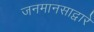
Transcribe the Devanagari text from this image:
जनमानसाद्वारे